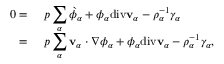
\begin{array} { r l } { 0 = } & { { } ~ p \displaystyle \sum _ { \alpha } \grave { \phi } _ { \alpha } + \phi _ { \alpha } \mathrm { d i v } \mathbf { v } _ { \alpha } - \rho _ { \alpha } ^ { - 1 } \gamma _ { \alpha } } \\ { = } & { { } ~ p \displaystyle \sum _ { \alpha } \mathbf { v } _ { \alpha } \cdot \nabla \phi _ { \alpha } + \phi _ { \alpha } \mathrm { d i v } \mathbf { v } _ { \alpha } - \rho _ { \alpha } ^ { - 1 } \gamma _ { \alpha } , } \end{array}